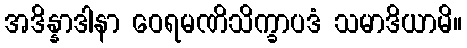
အဒိန္နာဒါနာ ဝေရမဏိသိက္ခာပဒံ သမာဒိယာမိ။